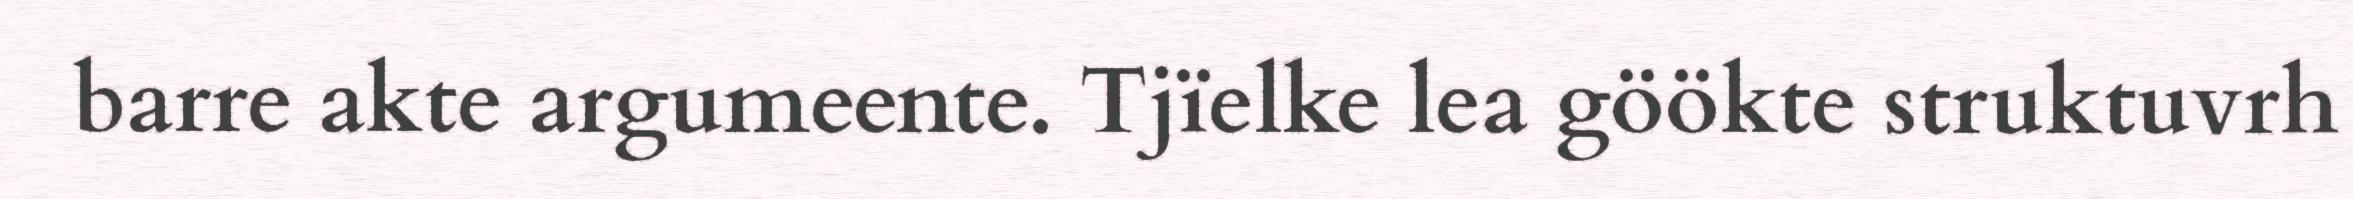
barre akte argumeente. Tjïelke lea göökte struktuvrh